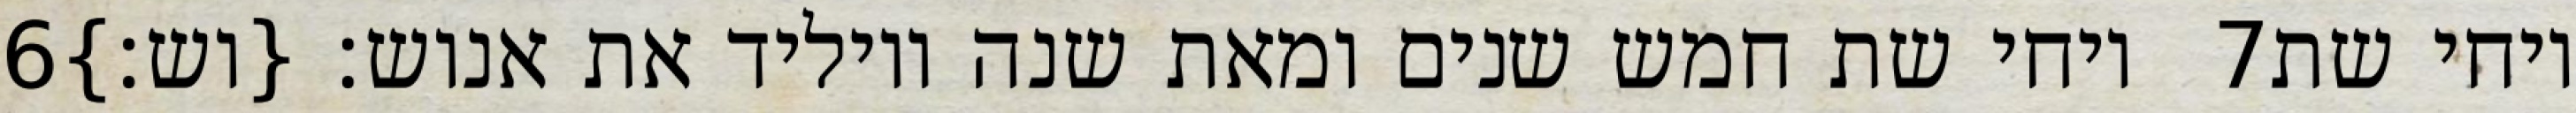
‎6‏ ויחי שת חמש שנים ומאת שנה ויוליד את אנוש׃ {וש׃} ‎7‏ ויחי שת